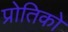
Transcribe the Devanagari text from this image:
प्रोतिको